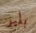
بلير